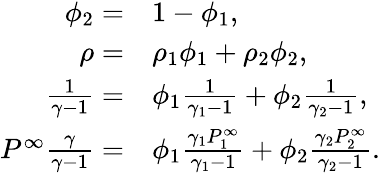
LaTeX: \begin{array}{rl}{\phi_{2}=}&{{}1-\phi_{1},}\\ {\rho=}&{{}\rho_{1}\phi_{1}+\rho_{2}\phi_{2},}\\ {\frac{1}{\gamma-1}=}&{{}\phi_{1}\frac{1}{\gamma_{1}-1}+\phi_{2}\frac{1}{\gamma_{2}-1},}\\ {P^{\infty}\frac{\gamma}{\gamma-1}=}&{{}\phi_{1}\frac{\gamma_{1}P_{1}^{\infty}}{\gamma_{1}-1}+\phi_{2}\frac{\gamma_{2}P_{2}^{\infty}}{\gamma_{2}-1}.}\end{array}